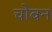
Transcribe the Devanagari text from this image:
चोवन